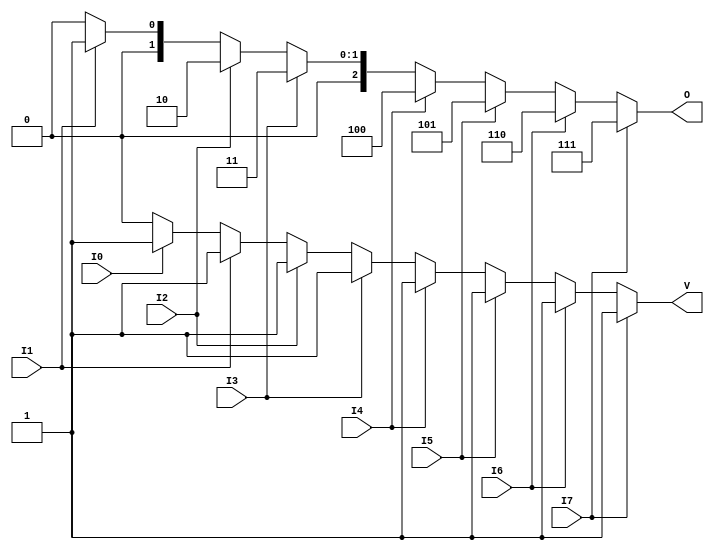
module encoder_8to3 (
    input wire I0, I1, I2, I3, I4, I5, I6, I7, // 8 input lines
    output reg [2:0] O, // 3-bit output
    output reg V // Valid output
);

always @(*) begin
    // Default values
    O = 3'b000; // Default output
    V = 1'b0;   // Default valid output

    // Check for active inputs and assign outputs accordingly
    if (I7) begin
        O = 3'b111; // Output for I7
        V = 1'b1;
    end else if (I6) begin
        O = 3'b110; // Output for I6
        V = 1'b1;
    end else if (I5) begin
        O = 3'b101; // Output for I5
        V = 1'b1;
    end else if (I4) begin
        O = 3'b100; // Output for I4
        V = 1'b1;
    end else if (I3) begin
        O = 3'b011; // Output for I3
        V = 1'b1;
    end else if (I2) begin
        O = 3'b010; // Output for I2
        V = 1'b1;
    end else if (I1) begin
        O = 3'b001; // Output for I1
        V = 1'b1;
    end else if (I0) begin
        O = 3'b000; // Output for I0
        V = 1'b1;
    end
    // If no inputs are active, O remains 3'b000 and V remains 1'b0
end

endmodule